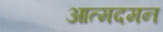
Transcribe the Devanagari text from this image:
आत्मदमन